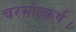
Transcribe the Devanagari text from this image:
चरमोत्कर्ष।